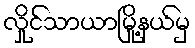
လှိုင်သာယာမြို့နယ်မှ